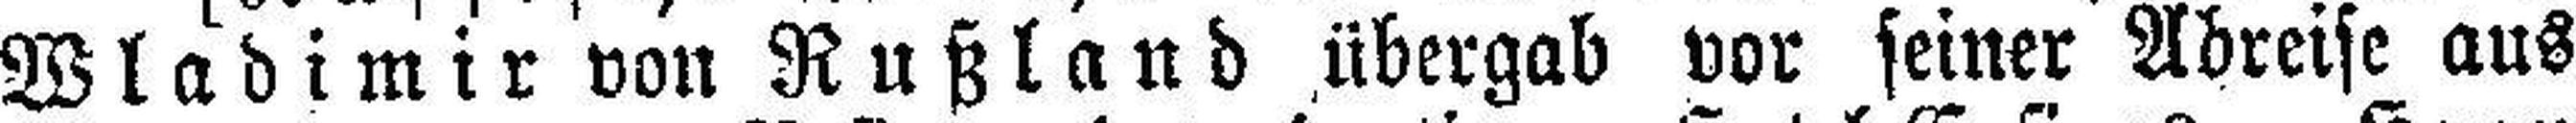
Wladimir von Rußland übergab vor seiner Abreise aus